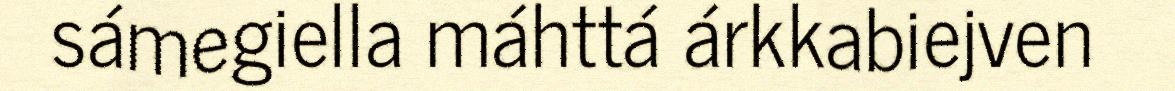
sámegiella máhttá árkkabiejven